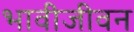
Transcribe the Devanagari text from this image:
भावीजीवन